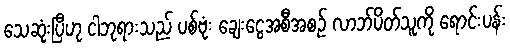
သေဆုံးပြီဟု ငါဘုရားသည် ပစ်ဗုံး ချေးငွေအစီအစဉ် လာဘ်ပိတ်သူကို ရောင်းပန်း